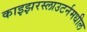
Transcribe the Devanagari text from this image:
काइझरस्लाउटर्नमधील